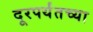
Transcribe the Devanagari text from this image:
दूरपर्यंतच्या